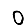
Digit: 0